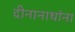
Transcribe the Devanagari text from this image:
दीनानाथांना